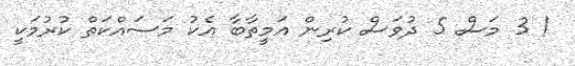
! 3 މަސް 5 ދުވަސް ކުރިން އަމީތާބާ އެކު މަސައްކަތް ކުރުމަކީ